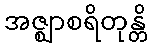
အဇ္ဈာစရိတုန္တိ